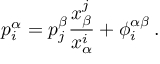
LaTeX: p _ { i } ^ { \alpha } = p _ { j } ^ { \beta } \frac { \d x _ { \beta } ^ { j } } { \d x _ { \alpha } ^ { i } } + \phi _ { i } ^ { \alpha \beta } \, .